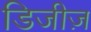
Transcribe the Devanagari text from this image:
डिजीज़